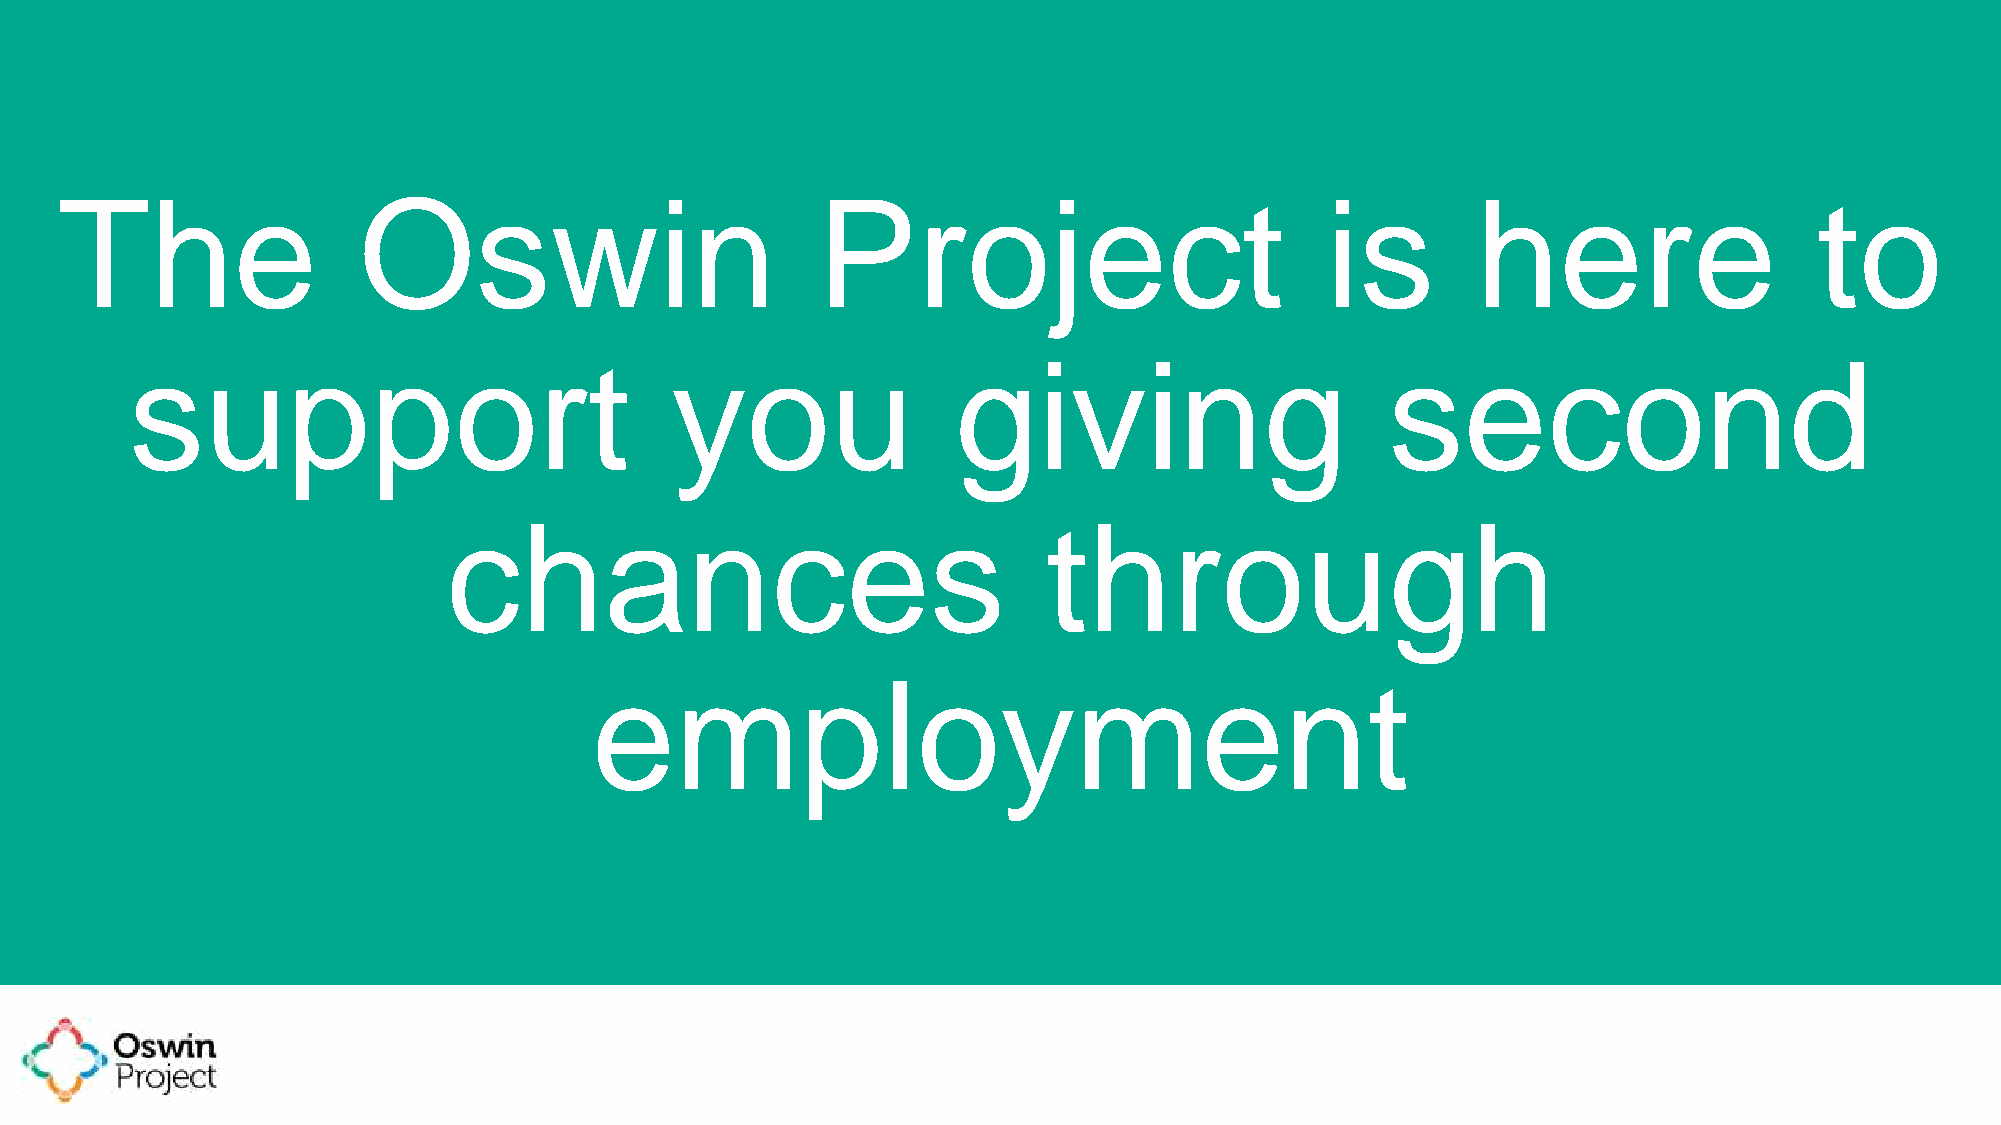
The                 Oswin                         Project                           is        here                  to
 support                            you                giving                       second
 chances                                 through
 employment